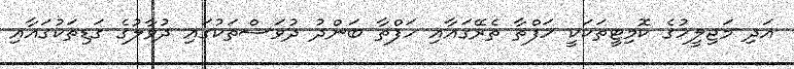
އަދި މަޖިލީހުގެ ކޮމިޓީތަކަކީ ހަފްތާ ތެރޭގައާއި ހަފްތާ ބަންދު ދުވަސްތަކުގައި ދުވާލުގެ ގަޑިތަކުގައާއި